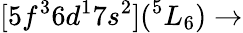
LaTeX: [5f^{3}6d^{1}7s^{2}](^{5}L_{6})\rightarrow